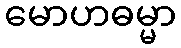
မောဟဓမ္မာ